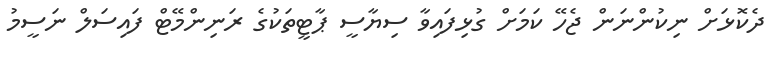
ދެކޮޅަށް ނިކުންނަން ޖެހޭ ކަމަށް ގުޅިފައިވާ ސިޔާސީ ޕާޓީތަކުގެ ރަނިންމޭޓް ފައިސަލް ނަސީމު